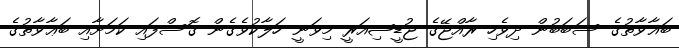
ބަޣާވާތުގެ ސަބަބުން ދިވެހި ރާއްޖޭގެ ޖުޑީޝިއަރީ މިވަނީ ހަލާކުވެގެން ގޮސްފައި ކަމަށާއި ބަޢާވާތުގެ